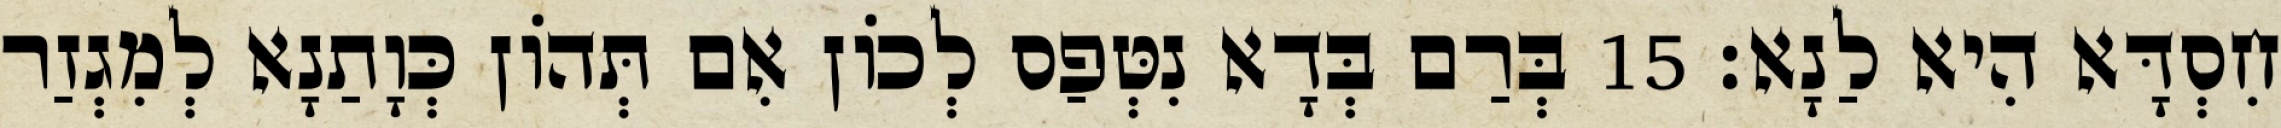
חִסְדָּא הִיא לַנָא׃ 15 בְּרַם בְּדָא נִטְּפַס לְכוֹן אִם תְּהוֹן כְּוָתַנָא לְמִגְזַר